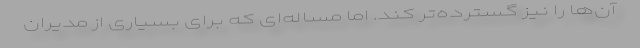
آن‌ها را نیز گسترده‌تر کند. اما مساله‌ای که برای بسیاری از مدیران